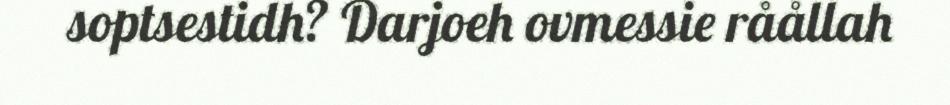
soptsestidh? Darjoeh ovmessie råållah